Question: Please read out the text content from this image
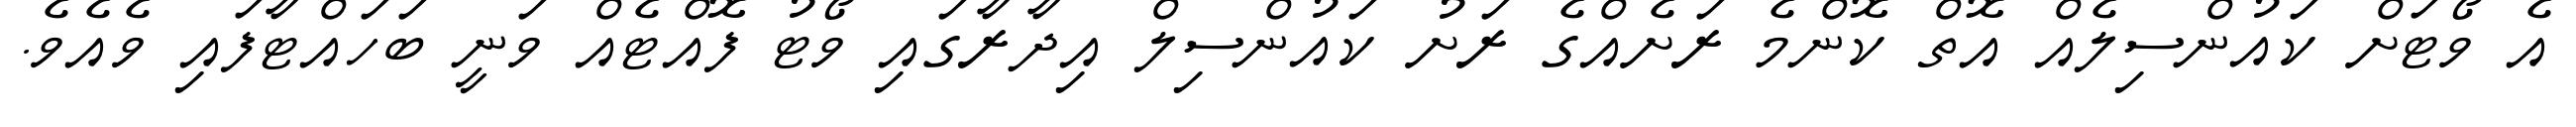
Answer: އެ ވޯޓަށް ކައުންސިލެއް އޮތް ކޮންމެ ރަށެއްގެ ރަށު ކައުންސިލް އިދާރާގައި ވޯޓު ފޮއްޓެއް ވަނީ ބަހައްޓާފައި ވެއެވެ.